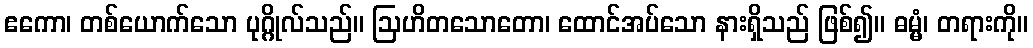
ဧကော၊ တစ်ယောက်သော ပုဂ္ဂိုလ်သည်။ ဩဟိတသောတော၊ ထောင်အပ်သော နားရှိသည် ဖြစ်၍။ ဓမ္မံ၊ တရားကို။